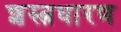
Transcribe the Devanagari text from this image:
शस्त्रधारण